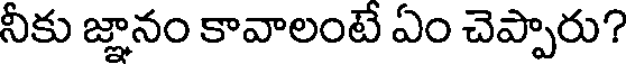
నీకు జ్ఞానం కావాలంటే ఏం చెప్పారు?